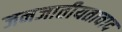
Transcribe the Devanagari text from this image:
जनजातीयतावाद